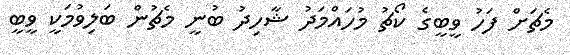
މެޗަށް ފަހު ވީބީގެ ކޯޗު މުހައްމަދު ޝާހިދު ބުނީ މެޗުން ބަލިވުމަކީ ވީބީ